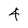
Character: 4